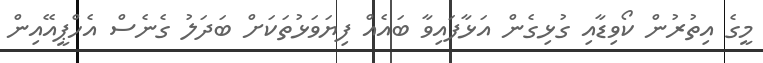
މީގެ އިތުރުން ކޯވިޑާއި ގުޅިގެން އަޅާފައިވާ ބައެއް ފިޔަވަޅުތަކަށް ބަދަލު ގެނެސް އެހްޕީއޭއިން